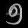
Digit: ၅